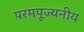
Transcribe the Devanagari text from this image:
परमपूज्‍यनीय